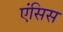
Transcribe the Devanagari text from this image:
एंसिस